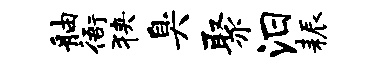
舳衙狭臭聚汨耨